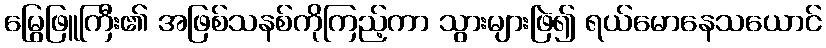
မြွေဖြူကြီး၏ အဖြစ်သနစ်ကိုကြည့်ကာ သွားများဖြဲ၍ ရယ်မောနေသယောင်